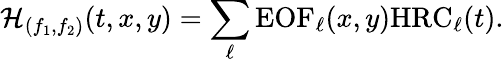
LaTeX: \mathcal{H}_{(f_{1},f_{2})}(t,x,y)=\sum_{\ell}\textrm{EOF}_{\ell}(x,y)\textrm{HRC}_{\ell}(t).